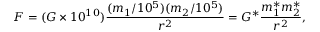
F = ( G \times 1 0 ^ { 1 0 } ) \frac { ( m _ { 1 } / 1 0 ^ { 5 } ) ( m _ { 2 } / 1 0 ^ { 5 } ) } { r ^ { 2 } } = G ^ { * } \frac { m _ { 1 } ^ { * } m _ { 2 } ^ { * } } { r ^ { 2 } } ,